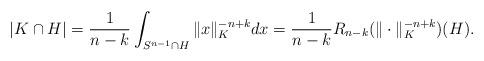
LaTeX: \begin{align*}|K\cap H| =\frac 1{n-k}\int_{S^{n-1}\cap H} \|x\|_K^{-n+k}dx = \frac 1{n-k} R_{n-k}(\|\cdot\|_K^{-n+k})(H).\end{align*}